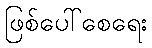
ဖြစ်ပေါ်စေရေး